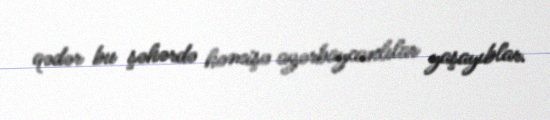
qədər bu şəhərdə həmişə azərbaycanlılar yaşayıblar.